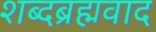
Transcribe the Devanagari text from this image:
शब्दब्रह्मवाद